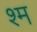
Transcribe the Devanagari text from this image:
श्म